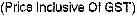
(PRICE INCLUSIVE OF GST)